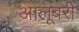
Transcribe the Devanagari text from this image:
आलूबरी